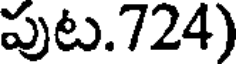
పుట.724)